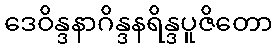
ဒေဝိန္ဒနာဂိန္ဒနရိန္ဒပူဇိတော